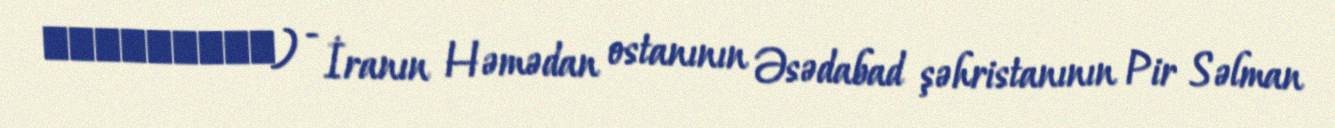
تختی‌آباد) - İranın Həmədan ostanının Əsədabad şəhristanının Pir Səlman